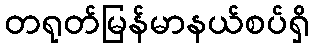
တရုတ်မြန်မာနယ်စပ်ရှိ